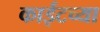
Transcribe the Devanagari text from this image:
काईटच्या